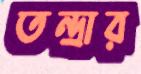
তন্দ্রার